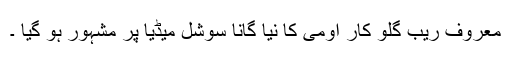
معروف ریب گلو کار اومی کا نیا گانا سوشل میڈیا پر مشہور ہو گیا ۔